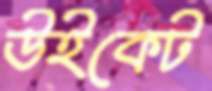
উইকেট